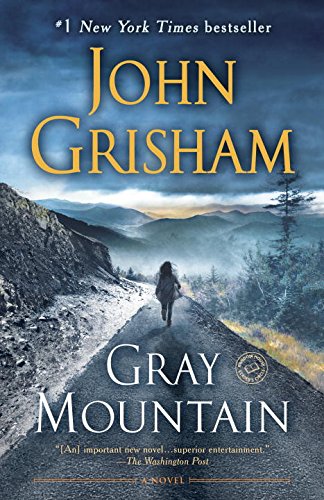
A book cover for Gray Mountain: A Novel; John Grisham; Mystery, Thriller & Suspense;